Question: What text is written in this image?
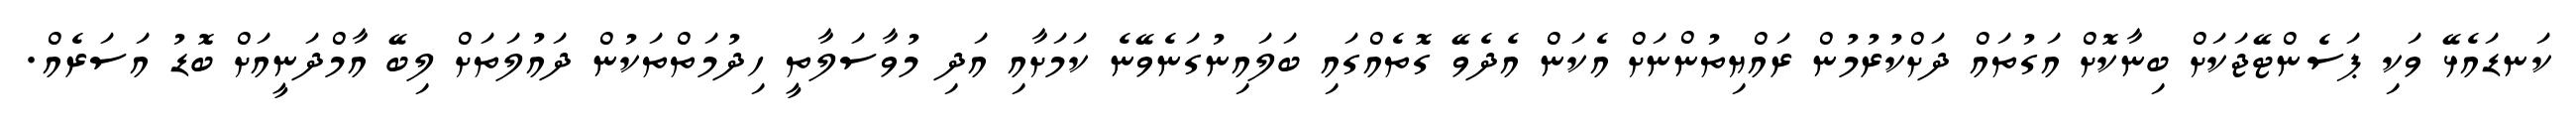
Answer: ކަނޑައެޅޭ ވަކި ޕަސެންޓޭޖަކަށް ބިނާކޮށް އަގުތައް ދަށްކުރުމުން ރައްޔިތުންނަށް އެކަން އެދެވޭ ގޮތެއްގައި ބަލައިނުގަނެވޭނެ ކަމަށާއި އަދި މުވާސަލާތީ ހިދުމަތްތަކުން ދައުލަތަށް ލިބޭ އާމްދަނީއަށް ބޮޑު އަސަރެއް.